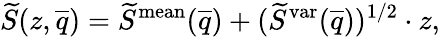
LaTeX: \widetilde{S}(z,\overline{{q}})=\widetilde{S}^{\mathrm{mean}}(\overline{{q}})+(\widetilde{S}^{\mathrm{var}}(\overline{{q}}))^{1/2}\cdot z,